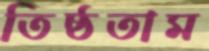
তিষ্ঠতাম